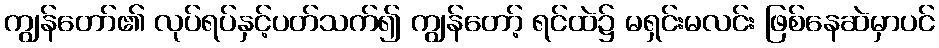
ကျွန်တော်၏ လုပ်ရပ်နှင့်ပတ်သက်၍ ကျွန်တော့် ရင်ထဲ၌ မရှင်းမလင်း ဖြစ်နေဆဲမှာပင်